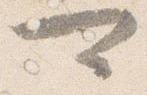
可